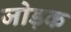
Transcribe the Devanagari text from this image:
जोड़क